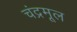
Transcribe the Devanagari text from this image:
चंद्रमूल